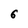
Character: 6